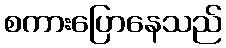
စကားပြောနေသည်